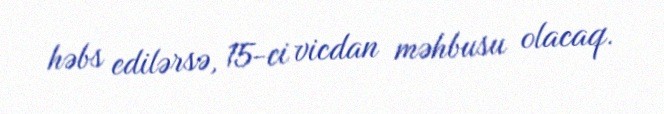
həbs edilərsə, 15-ci vicdan məhbusu olacaq.